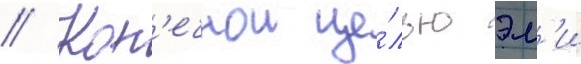
// Кон'ечнои це́лью эм'и